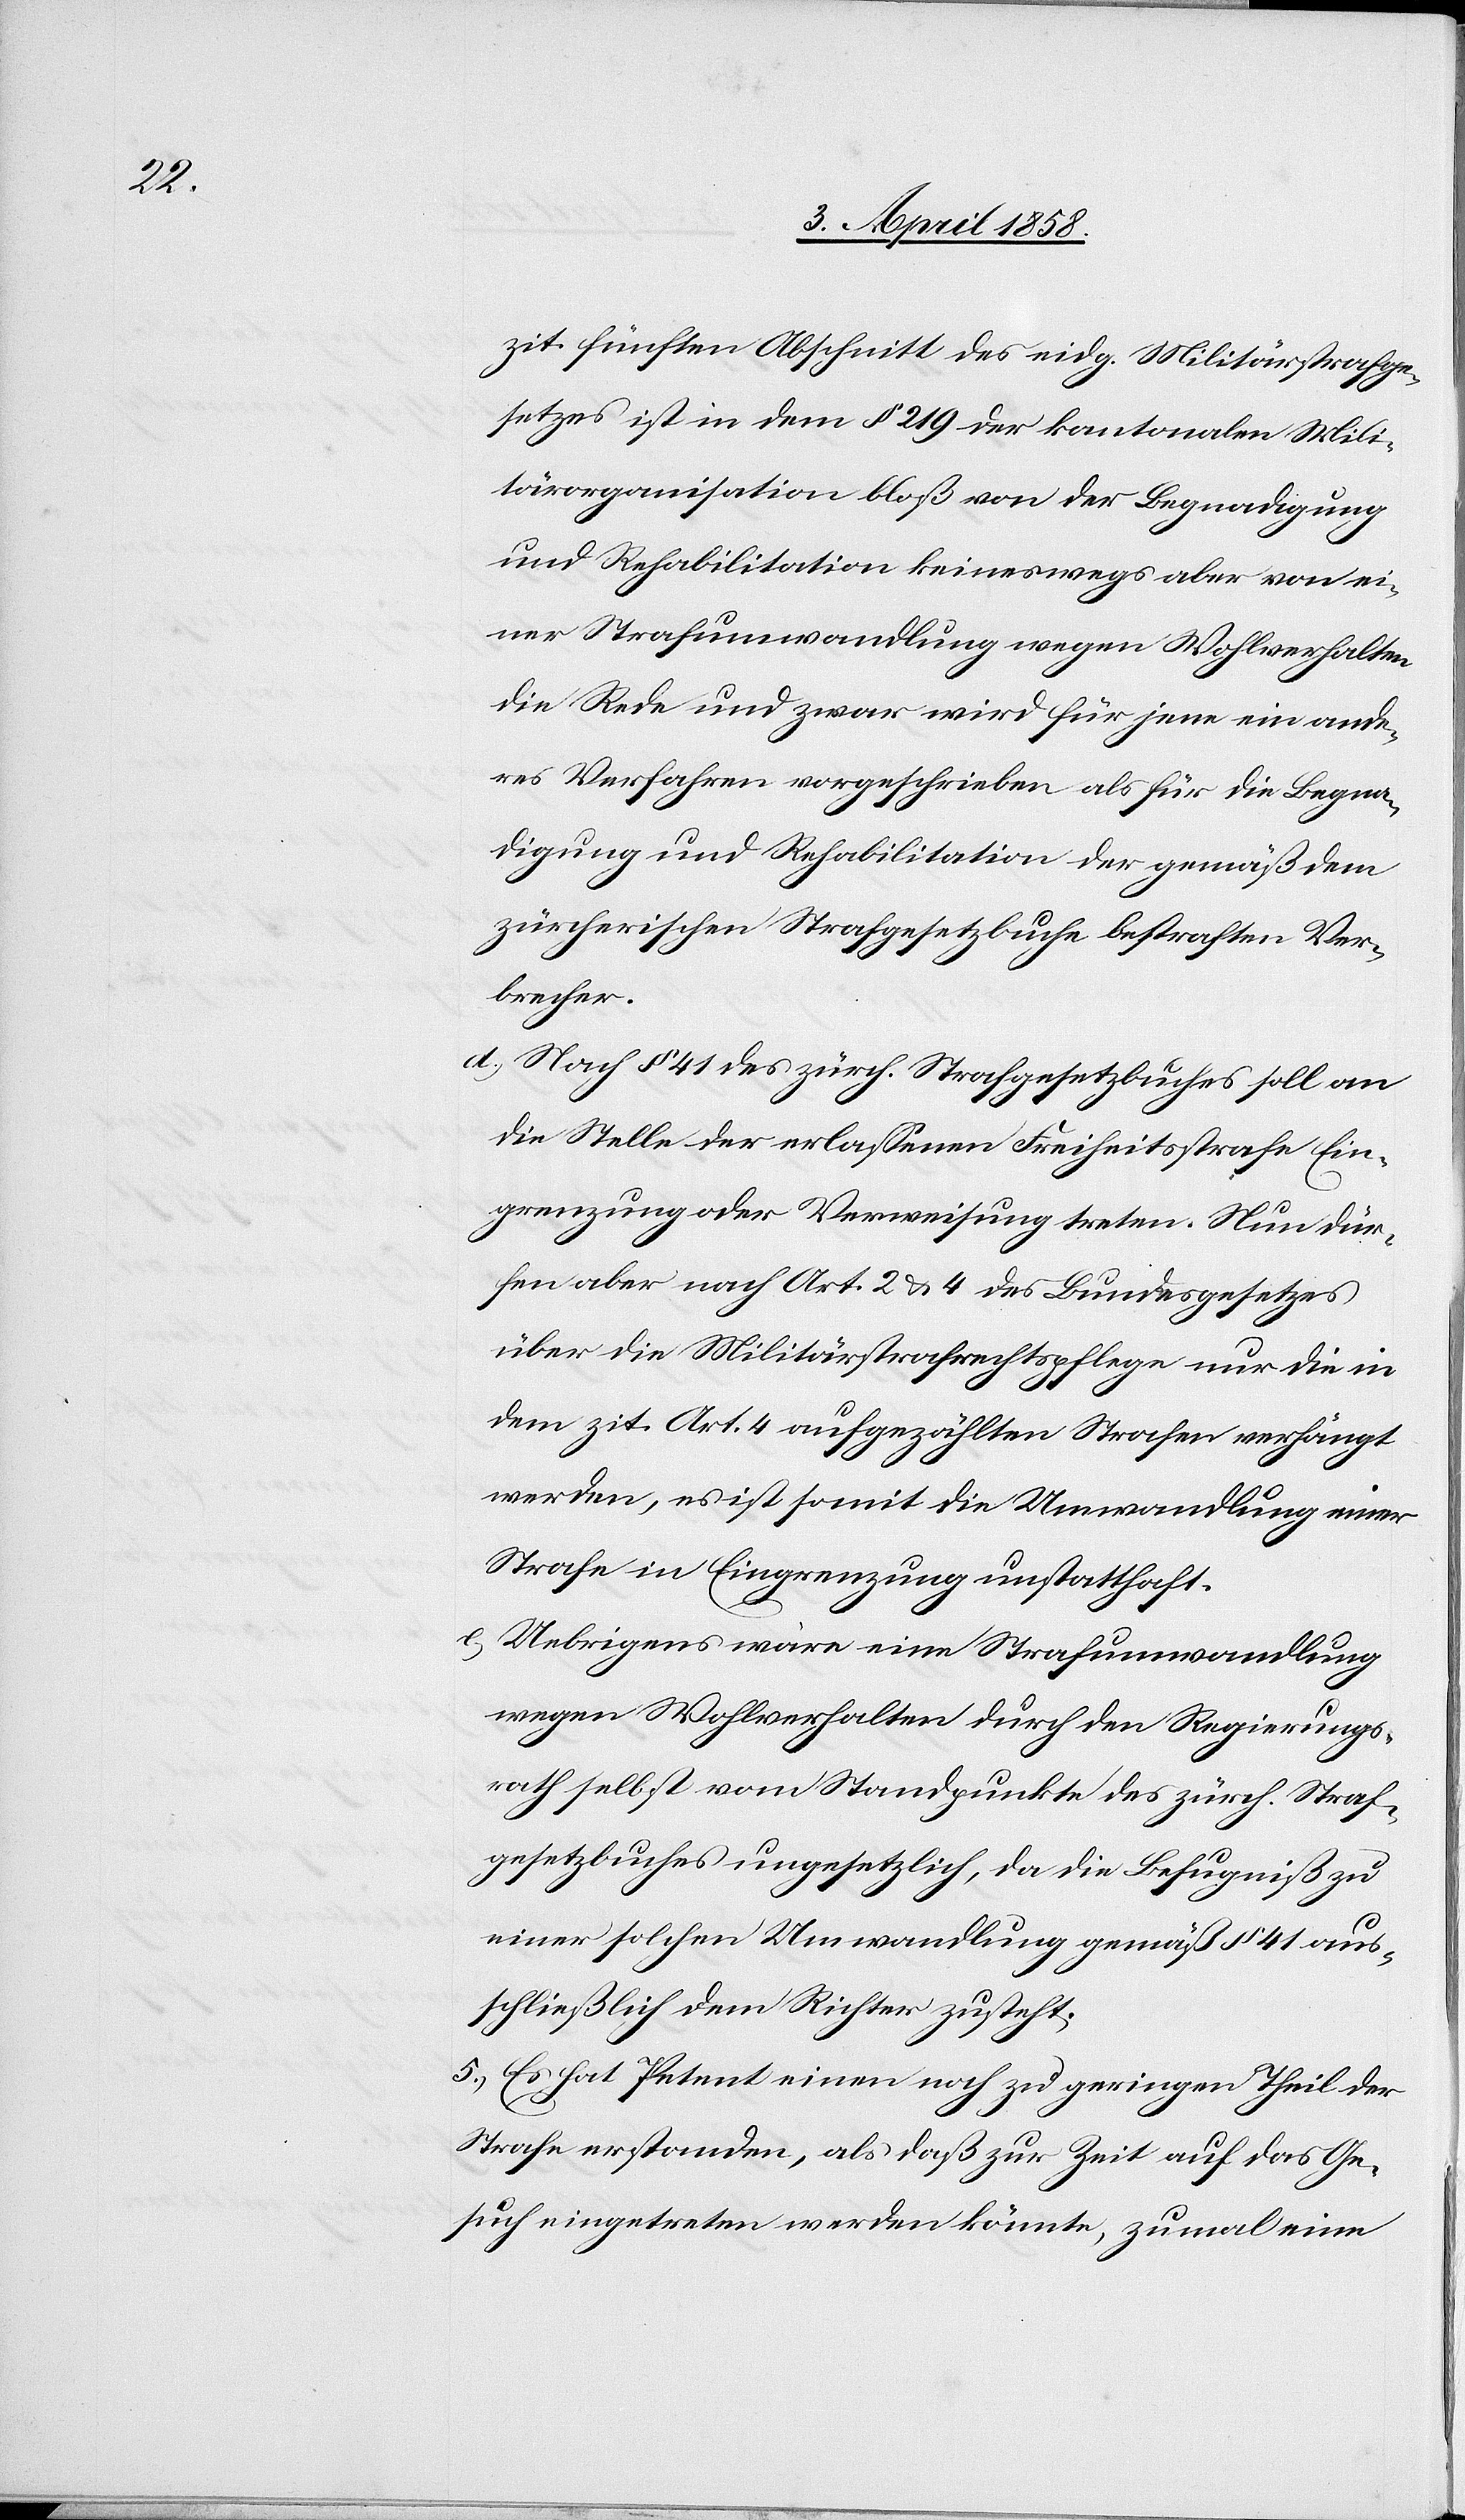
zit. fünften Abschnitt des eidg. Militärstrafge¬
setzes ist in dem § 219 der kantonalen Mili¬
tärorganisation bloß von der Begnadigung
und Rehabilitation keineswegs aber von ei¬
ner Strafumwandlung wegen Wohlverhalten
die Rede und zwar wird für jene ein ande¬
res Verfahren vorgeschrieben als für die Begna¬
digung und Rehabilitation der gemäß dem
zürcherischen Strafgesetzbuche bestraften Ver¬
brecher.
d) Nach § 41 des zürch. Strafgesetzbuches soll an
die Stelle der erlassenen Freiheitsstrafe Ein¬
grenzung oder Verweisung treten. Nun dür¬
fen aber nach Art. 2 u. 4 des Bundesgesetzes
über die Militärstrafrechtspflege nur die in
dem zit. Art. 4 aufgezählten Strafen verhängt
werden, es ist somit die Umwandlung einer
Strafe in Eingrenzung unstatthaft.
e) Uebrigens wäre eine Strafumwandlung
wegen Wohlverhalten durch den Regierungs¬
rath selbst vom Standpunkte des zürch. Straf¬
gesetzbuches ungesetzlich, da die Befugniß zu
einer solchen Umwandlung gemäß § 41 aus¬
schließlich dem Richter zusteht.
5.) Es hat Petent einen noch zu geringen Theil der
Strafe erstanden, als daß zur Zeit auf das Ge¬
such eingetreten werden könnte, zumal eine